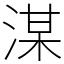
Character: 湈